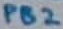
Text: PB2